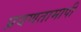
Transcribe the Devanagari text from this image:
प्रवणतामापी